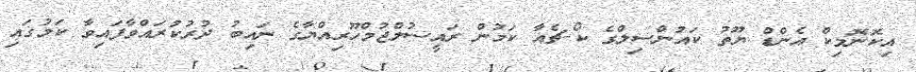
އިކޮނޮމިކް އެންޑް ޔޫތު ކައުންސިލްގެ ކޯ-ޗެއާ ކަމުން ރައީސުލްޖުމްހޫރިއްޔާގެ ނައިބު ދުރުކުރައްވާފައިވާ ކަމުގައި